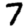
Digit: 7